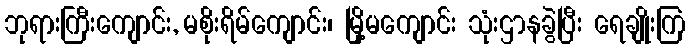
ဘုရားကြီးကျောင်း, မစိုးရိမ်ကျောင်း၊ မြို့မကျောင်း သုံးဌာနခွဲပြီး ရေချိုးကြ